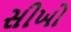
સીખો